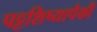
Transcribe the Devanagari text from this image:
पट्टशिष्यापैकी